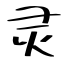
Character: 灵